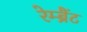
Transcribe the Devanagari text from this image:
रेम्ब्रैंट